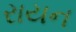
રાયન